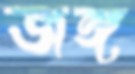
জঙ্গ